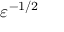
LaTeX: \varepsilon ^ { - 1 / 2 }